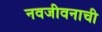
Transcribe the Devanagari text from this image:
नवजीवनाची